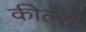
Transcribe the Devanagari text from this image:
कील्से